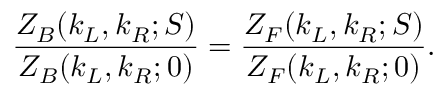
{ \frac { Z _ { B } ( k _ { L } , k _ { R } ; S ) } { Z _ { B } ( k _ { L } , k _ { R } ; 0 ) } } = { \frac { Z _ { F } ( k _ { L } , k _ { R } ; S ) } { Z _ { F } ( k _ { L } , k _ { R } ; 0 ) } } .